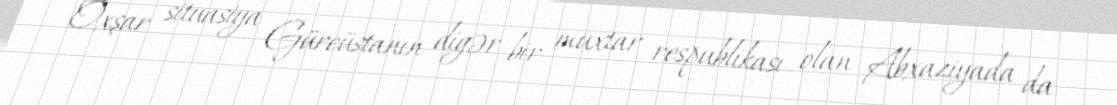
Oxşar situasiya Gürcüstanın digər bir muxtar respublikası olan Abxaziyada da